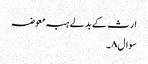
ارث کے بدلے ہبہ معوضہ
سوال۸۔